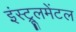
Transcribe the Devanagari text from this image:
इंस्ट्रूलमेंटल